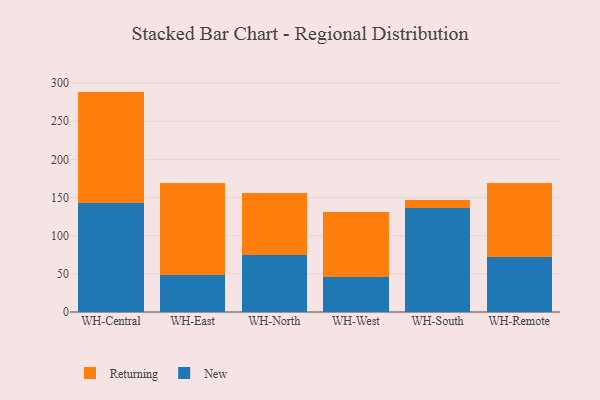
{"axis": {"x": "Warehouse", "y": "Page Views"}, "legend": ["New", "Returning"], "data": [{"x": "WH-Central", "y": 143.4, "type": "New"}, {"x": "WH-Central", "y": 145.4, "type": "Returning"}, {"x": "WH-East", "y": 48.4, "type": "New"}, {"x": "WH-East", "y": 120.6, "type": "Returning"}, {"x": "WH-North", "y": 75.1, "type": "New"}, {"x": "WH-North", "y": 80.5, "type": "Returning"}, {"x": "WH-West", "y": 46.4, "type": "New"}, {"x": "WH-West", "y": 85.0, "type": "Returning"}, {"x": "WH-South", "y": 136.9, "type": "New"}, {"x": "WH-South", "y": 9.4, "type": "Returning"}, {"x": "WH-Remote", "y": 72.1, "type": "New"}, {"x": "WH-Remote", "y": 96.8, "type": "Returning"}]}